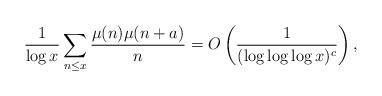
LaTeX: \begin{align*} \frac{1}{\log x} \sum_{n \leq x} \frac{\mu(n) \mu(n+a)}{n} =O \left (\frac{1}{(\log \log \log x)^c } \right ),\end{align*}